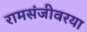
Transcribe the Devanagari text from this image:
रामसंजीवरया